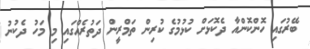
ބޭރުގައި ހޮންކޮންއާ ދެކޮޅަށް ކުޅުމުގެ ކުރިން ތަމްރީން ދަތުރެއްގައި މި މަހު ދެކުނު